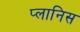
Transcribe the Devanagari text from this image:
प्लानिस